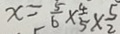
x = \frac { 5 } { 6 } \times \frac { 4 } { 5 } \times \frac { 5 } { 2 }